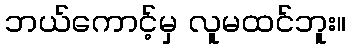
ဘယ်ကောင့်မှ လူမထင်ဘူး။